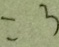
= 3